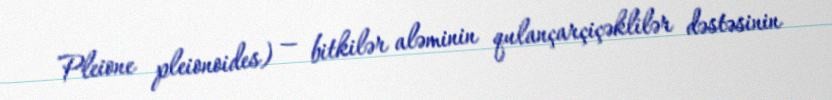
Pleione pleionoides) — bitkilər aləminin qulançarçiçəklilər dəstəsinin